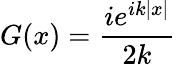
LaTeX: G(x)={\frac{ie^{ik|x|}}{2k}}